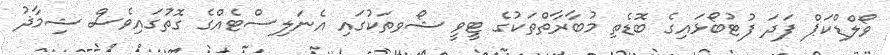
ވޯލްޑްކަޕް ފަދަ ފުޓުބޯޅައިގެ ބޮޑެތި މުބާރާތްތަކުގެ ޓީވީ ޝޯވތަކުގައި އެނަލިސްޓެއްގެ ގޮތުގައިވެސް ޝިމާޛު